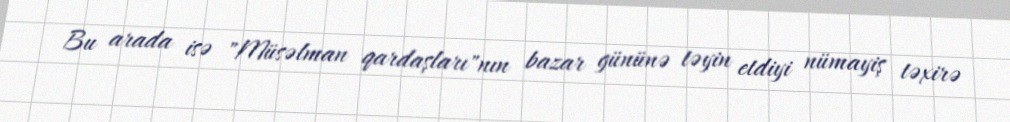
Bu arada isə "Müsəlman qardaşları"nın bazar gününə təyin etdiyi nümayiş təxirə